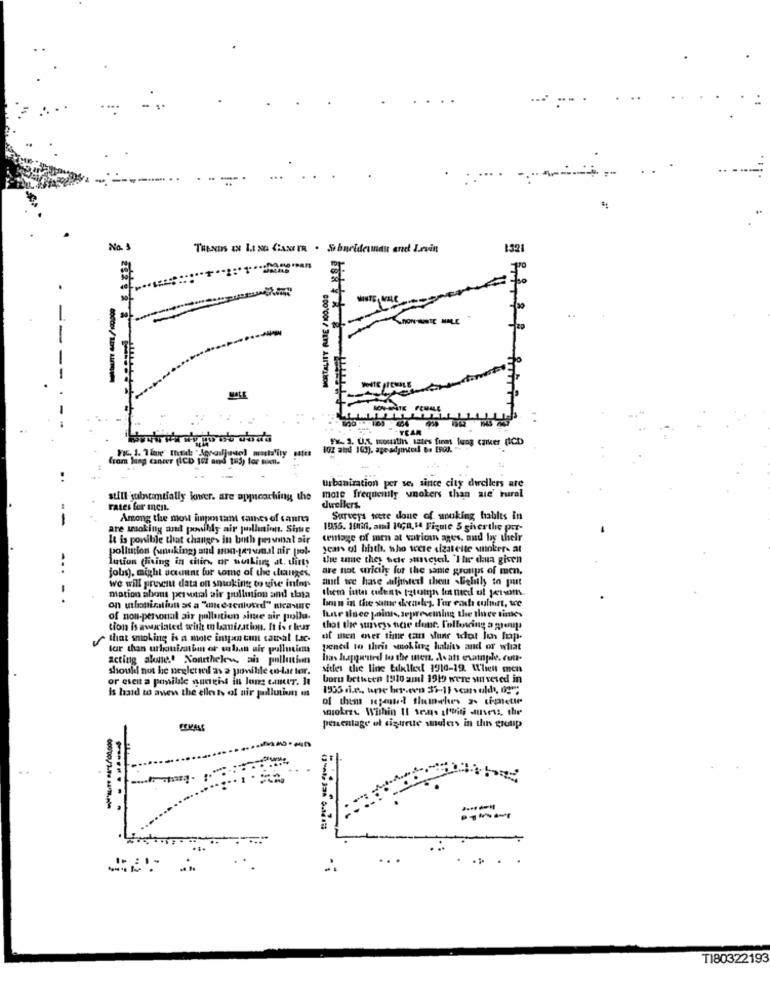
1321
**** **
YEAR
Fx- 1. US, wowith sates finm lung caiker [ICD)
Wyom lag cancer (ICD 101 and 183) for
more frequently unokers than sie' rural
urbanization per se, since city dirciless are
still substantially lower. are approaching the
rates for ment.
dwellers
-
Among the most important taines of tannta
Surveys were done of souking habits in
are smoking and pouilly air polleninn. Site
1955. 10if, ami 14Ga,14 Fique 5 givesthe por-
It is possible that changes in both personal air
cenlage of men at various ages, and by their
pollution (umnuking) and non-ternal nir pol-
years of bhth, who were sizatette snoker- at
lution (living in citin, or notkin; at. dirty
the ume they wele surveyed. 'Ihr chaua given
-..
are not wricily for the same groups of men.
jobs), might scannt for some of the changes,
and we have afjthted them bieliily to put
-
we will prosciu data on smoking to give infor-
mation about personal air pollution and thata
lamm in the same choraley. l'or cash culmrt, we
of non-personal air pollution situe air pollu.
ILne Ilsee joints, sepresemning the Ihnee times
tion Is aveclated with m lamization. It is t hear
that the suiveys noe done. Fullencing a gens
that smoking is a mote inypan tant camal tac-
of men over time can sun idot Ich mop.
tar than urlouisatim or clan air pollution
pened to thris woking habits and or what
acting alone.' Nouthelen, ais pollution
should not be neglered as a ponible co-lar ter.
sitles the line tilxltext 1910-19. Klient men
or eseit a ponibile suright in lons camer. It
boru between 1910 ami 1919 were surveved in
Is hard to aven the elle ts of air pollution o
1935 cie, une bet.eva 32-13 years old, og
of them sejestrdl flumches 2. tipnietif
wiokres Within Il ses trois usess, the
percentage of sigueute smulers in this group
-......
TI80322193